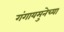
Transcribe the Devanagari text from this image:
गंगायमुनेच्या